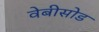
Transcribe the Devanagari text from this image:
वेबीसोड